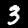
Digit: 3